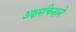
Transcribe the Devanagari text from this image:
अक्षरचिन्हाने